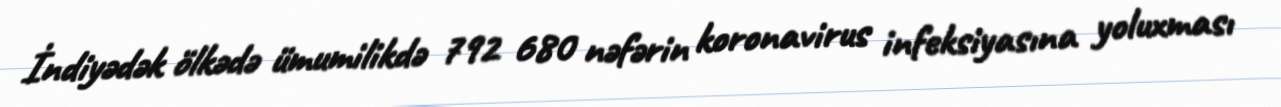
İndiyədək ölkədə ümumilikdə 792 680 nəfərin koronavirus infeksiyasına yoluxması